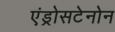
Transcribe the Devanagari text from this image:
एंड्रोसटेनोन